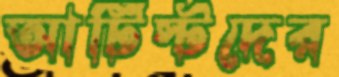
আর্টিস্টদের